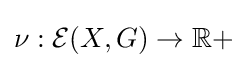
\nu :{\mathcal {E}}(X,G)\to \mathbb {R} +